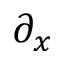
\partial _ { x }